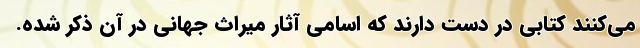
می‌کنند کتابی در دست دارند که اسامی آثار میراث جهانی در آن ذکر شده.